Indian Medical Review
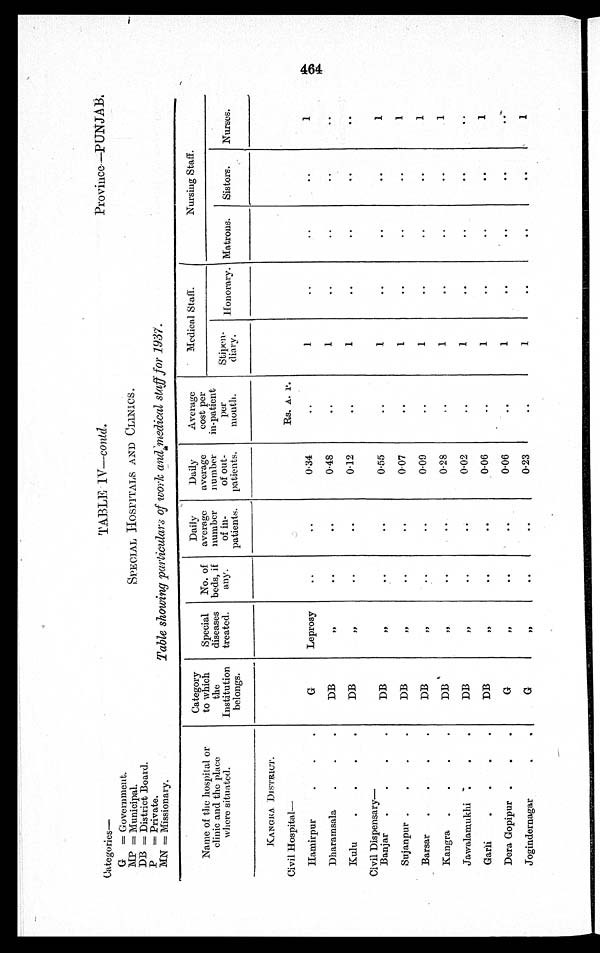
Categories—
G
- Government.
G
MP - Municipal.
DB
=District Board.
P
=Private.
MN = Missionary.
TABLE 1V— contd.
Province—PUNJAB.
SPECIAL H oSPITALS AND CLINICS.
Table showing particulars of work and medical staff for 1937.
Name of the hospital or
clinic and the place
where situated.
Category
to which
the
Institution
belongs.
Special
diseases
treated.
No. of
beds, if
any.
Daily
average
number
of in-
patients.
Daily
average
number
of out-
patients.
Average
cost per
in-patient
per
month.
Medical Staff.
Nursing Staff.
Stipen-
diary.
Honorary. Matrons.
Sisters.
Nurses.
KANGEA DISTRICT.
Civil Hospital—
Rs. A. p .
Hamirpur.
.
G
Leprosy
..
..
0.34
..
1
..
..
..
1
Dharamsala
.
.
.
DB
„
..
..
0.48
..
1
..
..
. .
. .
Kulu
.
. .
DB
, ,
. .
..
0.12
..
1
..
. .
. .
. .
Civil Dispensary
—
Banjar
.
.
.
.
DB
, ,
..
..
0.55
..
1
..
..
. .
1
Sujanpur .
. . .
DB
,,
..
. .
0.07
..
1
..
..
..
1
Barsar
.
.
.
.
DB
, ,
..
..
0.09
..
1
..
..
..
1
Kangra
. . . .
DB
,,
..
..
0.28
. . 1
..
..
. .
1
Jawalamukhi .
.
.
DB
, ,
..
. .
0.02
..
1
..
..
. .
..
Garli
. . . .
DB
, ,
. .
..
0.06
. .
1
..
..
. .
1
Dera Gopipur .
.
.
G
, ,
..
..
0.06
..
1
..
. .
. .
..
Jogindernagar
. .
G
, ,
..
..
0.23
..
1
..
..
..
1